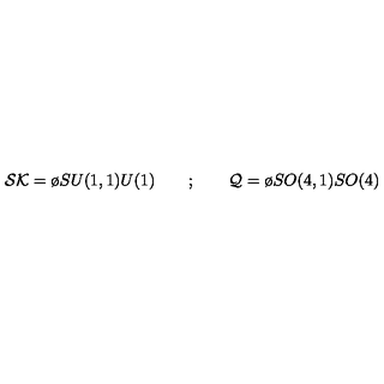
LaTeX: { \cal S K } = { \o { S U ( 1 , 1 ) } { U ( 1 ) } } \quad \quad ; \quad \quad { \cal Q } = { \o { S O ( 4 , 1 ) } { S O ( 4 ) } }